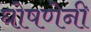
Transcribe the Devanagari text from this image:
घोषणेनी